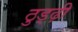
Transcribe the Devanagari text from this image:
ठुड्ढ़ी